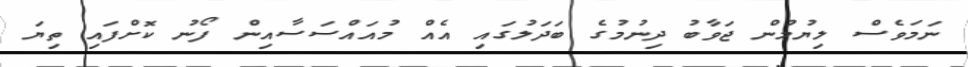
ނަމަވެސް ލިޔުމުން ޖަވާބު ދިނުމުގެ ބަދަލުގައި އެއް މުއައްސަސާއިން ފޯނު ކޮށްފައި ތިޔަ